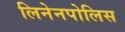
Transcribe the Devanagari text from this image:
लिनेनपोलिस